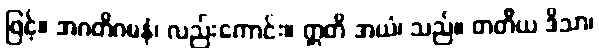
ဖြင့်။ အဂတိဂမနံ၊ လည်းကောင်း။ ဣတိ အယံ၊ သည်။ တတိယ ဒိသာ၊